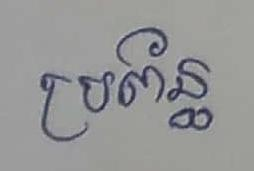
ប្រព័ន្ធ